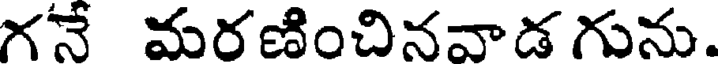
గనే మరణించినవాడ గును.